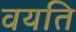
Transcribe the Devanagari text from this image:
वयति